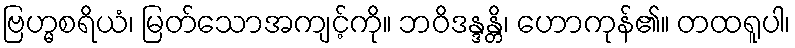
ဗြဟ္မစရိယံ၊ မြတ်သောအကျင့်ကို။ ဘဝိဒန္ဒန္တိ၊ ဟောကုန်၏။ တထရူပါ၊